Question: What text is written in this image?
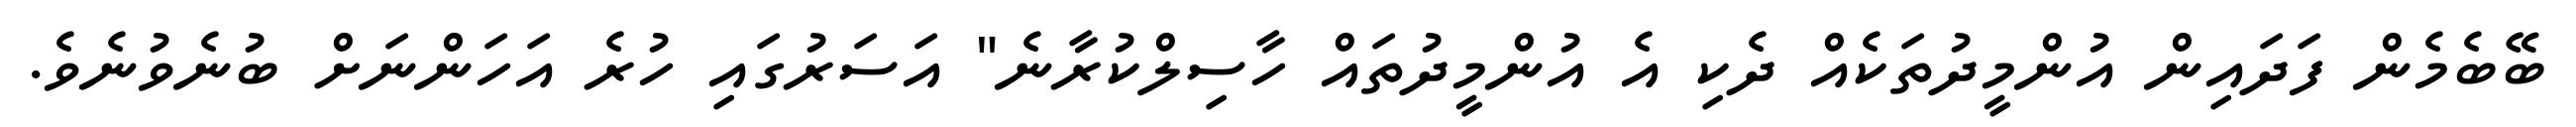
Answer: ބޭބެމެން ފަދައިން އުންމީދުތަކެއް ދެކި އެ އުންމީދުތައް ހާސިލްކުރާނެ" އަސަރުގައި ހުރެ އަހަންނަށް ބުނެވުނެވެ.